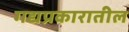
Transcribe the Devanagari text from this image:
गद्यप्रकारातील